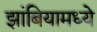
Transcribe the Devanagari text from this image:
झांबियामध्ये